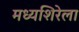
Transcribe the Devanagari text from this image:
मध्यशिरेला